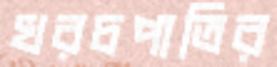
খরচপাতির